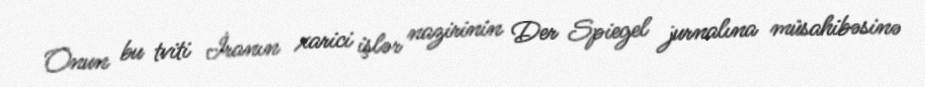
Onun bu tviti İranın xarici işlər nazirinin Der Spiegel jurnalına müsahibəsinə